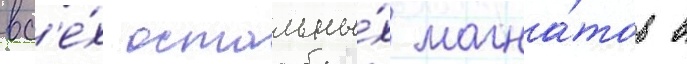
вс'е́х остальны́х магна́тов в